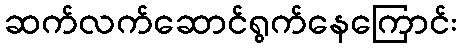
ဆက်လက်ဆောင်ရွက်နေကြောင်း